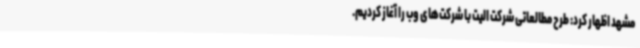
مشهد اظهار کرد: طرح مطالعاتی شرکت الیت با شرکت‌های‌ وب را آغاز کردیم.